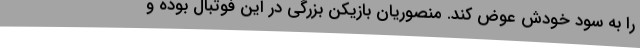
را به سود خودش عوض کند. منصوریان بازیکن بزرگی در این فوتبال بوده و